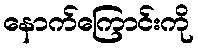
နောက်ကြောင်းကို